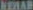
NEWAR